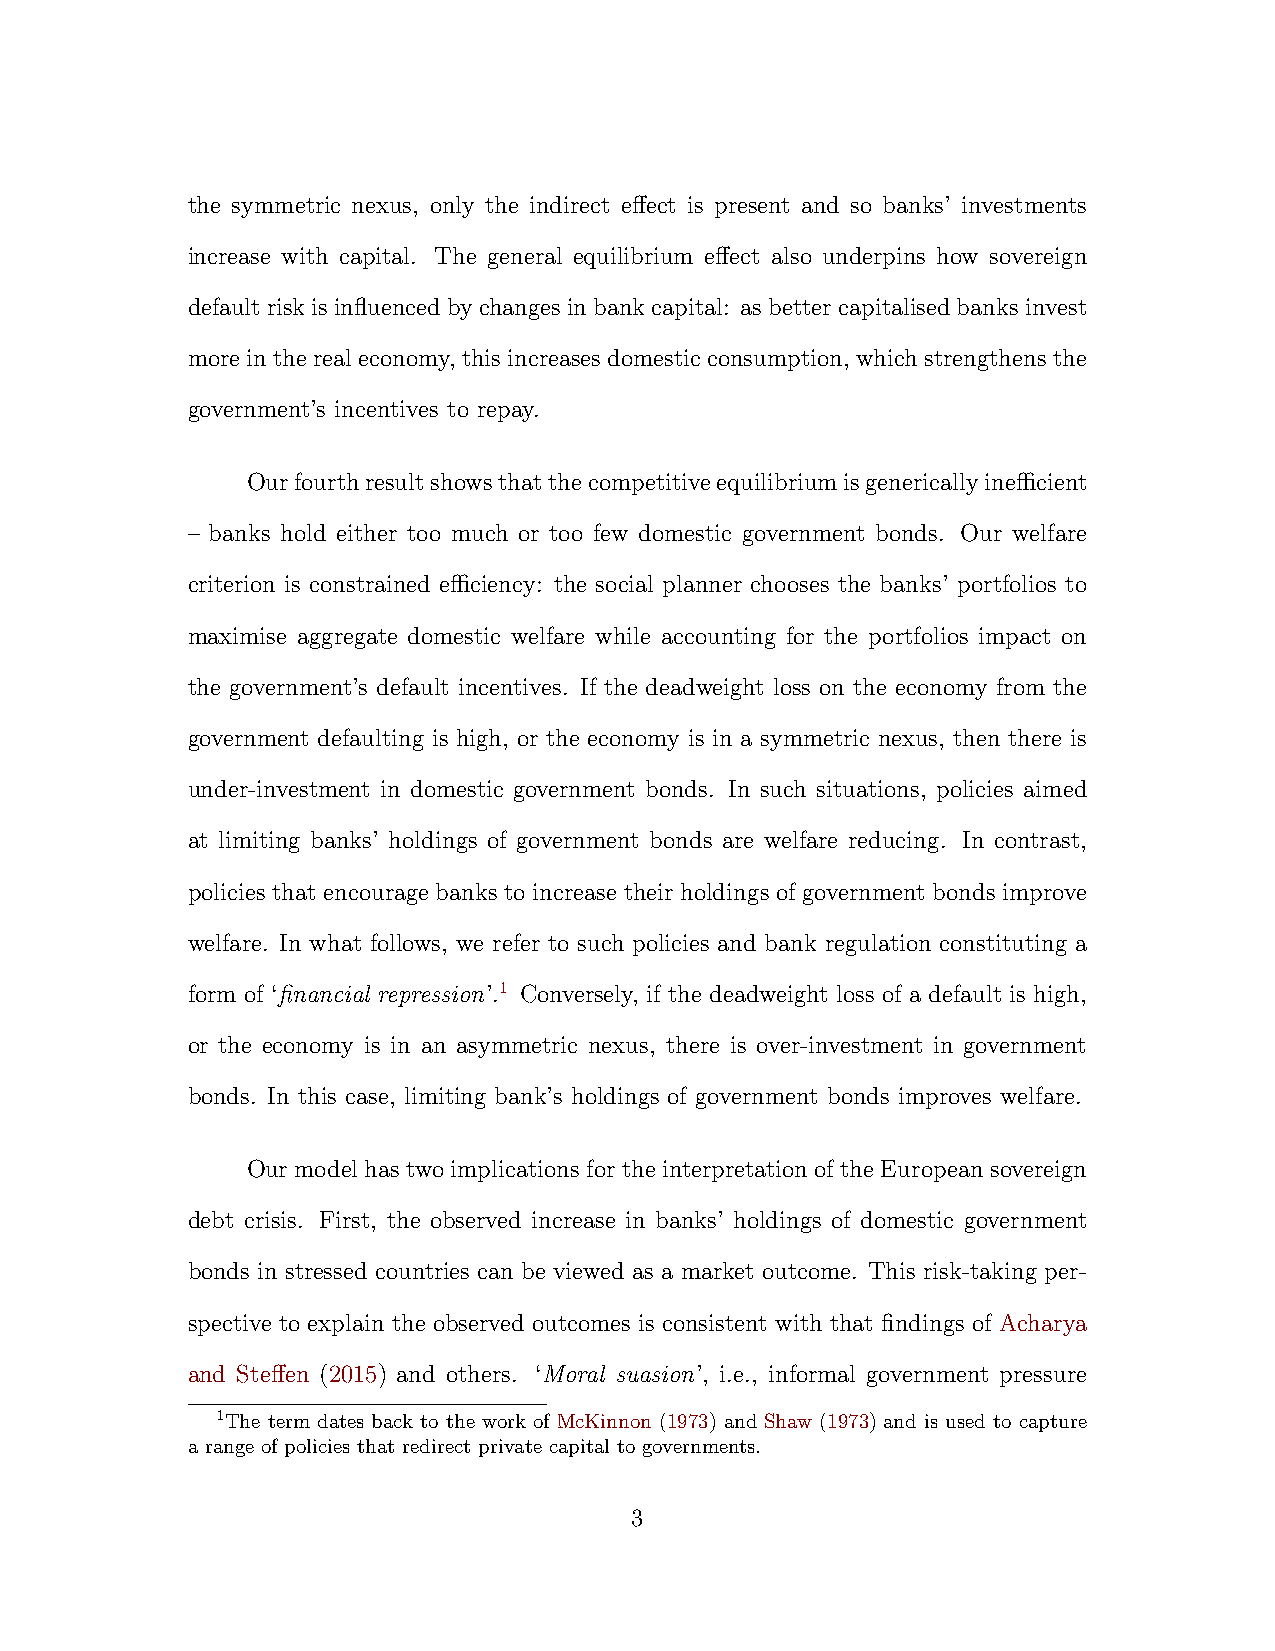
the symmetric nexus, only the indirect effect is present and so banks’ investments
 increase with capital. The general equilibrium effect also underpins how sovereign
 defaultriskisinfluencedbychangesinbankcapital: asbettercapitalisedbanksinvest
 more in the real economy, this increases domestic consumption, which strengthens the
 government’s incentives to repay.
 Ourfourthresultshowsthatthecompetitiveequilibriumisgenericallyinefficient
 – banks hold either too much or too few domestic government bonds. Our welfare
 criterion is constrained efficiency: the social planner chooses the banks’ portfolios to
 maximise aggregate domestic welfare while accounting for the portfolios impact on
 the government’s default incentives. If the deadweight loss on the economy from the
 government defaulting is high, or the economy is in a symmetric nexus, then there is
 under-investment in domestic government bonds. In such situations, policies aimed
 at limiting banks’ holdings of government bonds are welfare reducing. In contrast,
 policies that encourage banks to increase their holdings of government bonds improve
 welfare. In what follows, we refer to such policies and bank regulation constituting a
 form of ‘financial repression’.1 Conversely, if the deadweight loss of a default is high,
 or the economy is in an asymmetric nexus, there is over-investment in government
 bonds. In this case, limiting bank’s holdings of government bonds improves welfare.
 Our model has two implications for the interpretation of the European sovereign
 debt crisis. First, the observed increase in banks’ holdings of domestic government
 bonds in stressed countries can be viewed as a market outcome. This risk-taking per-
 spective to explain the observed outcomes is consistent with that findings of Acharya
 and Steffen (2015) and others. ‘Moral suasion’, i.e., informal government pressure
 1The term dates back to the work of McKinnon (1973) and Shaw (1973) and is used to capture
 a range of policies that redirect private capital to governments.
 3